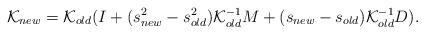
LaTeX: \begin{align*}\mathcal{K}_{new}=\mathcal{K}_{old}(I+(s^{2}_{new}-s^{2}_{old})\mathcal{K}_{old}^{-1}M+(s_{new}-s_{old})\mathcal{K}_{old}^{-1}D).\end{align*}